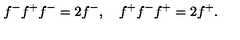
f ^ { - } f ^ { + } f ^ { - } = 2 f ^ { - } , \quad f ^ { + } f ^ { - } f ^ { + } = 2 f ^ { + } .